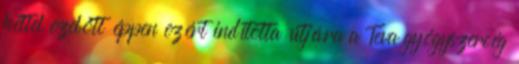
héttel ezelőtt éppen ezért indította útjára a Teva gyógyszercég